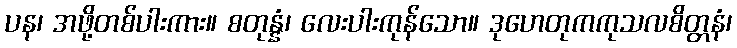
ပန၊ အဖို့တစ်ပါးကား။ စတုန္နံ၊ လေးပါးကုန်သော။ ဒုဟေတုကကုသလစိတ္တနံ၊